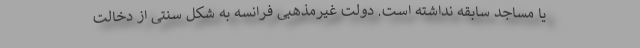
یا مساجد سابقه نداشته است. دولت غیرمذهبی فرانسه به شکل سنتی از دخالت